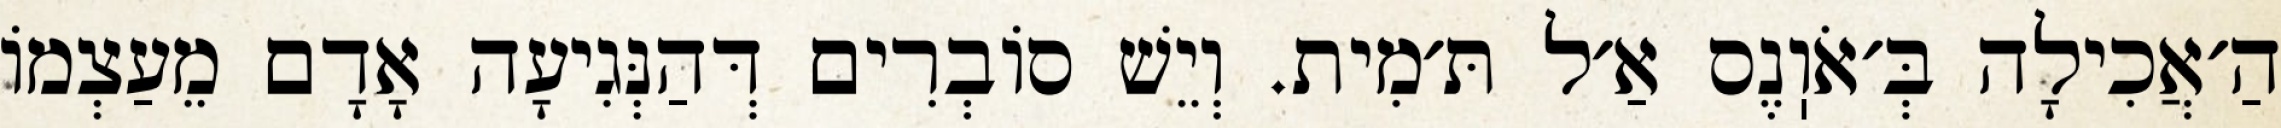
הַ׳אֲכִילָה בְּ׳אֹוֽנֶס אַ׳ל תּ׳מִית. וְיֵשׁ סוֹבְרִים דְּהַנְּגִיעָה אָדָם מֵעַצְמוֹ